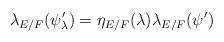
LaTeX: \begin{align*}\displaystyle \lambda_{E/F}(\psi'_\lambda)=\eta_{E/F}(\lambda)\lambda_{E/F}(\psi')\end{align*}